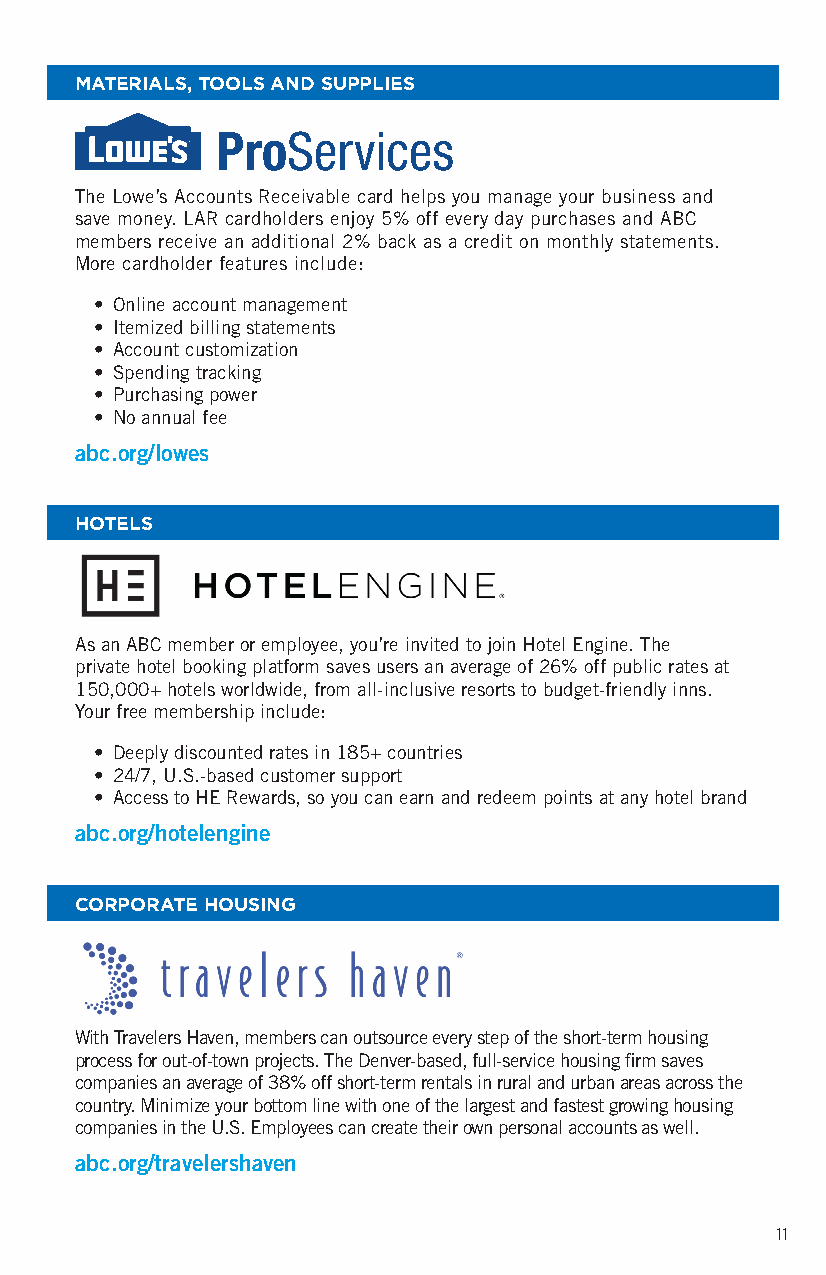
MATERIALS, TOOLS AND SUPPLIES
 The Lowe’s Accounts Receivable card helps you manage your business and
 save money. LAR cardholders enjoy 5% off every day purchases and ABC
 members receive an additional 2% back as a credit on monthly statements.
 More cardholder features include:
 • Online account management
 • Itemized billing statements
 • Account customization
 • Spending tracking
 • Purchasing power
 • No annual fee
 abc.org/lowes
 HOTELS
 As an ABC member or employee, you’re invited to join Hotel Engine. The
 private hotel booking platform saves users an average of 26% off public rates at
 150,000+ hotels worldwide, from all-inclusive resorts to budget-friendly inns.
 Your free membership include:
 • Deeply discounted rates in 185+ countries
 • 24/7, U.S.-based customer support
 • Access to HE Rewards, so you can earn and redeem points at any hotel brand
 abc.org/hotelengine
 CORPORATE HOUSING
 With Travelers Haven, members can outsource every step of the short-term housing
 process for out-of-town projects. The Denver-based, full-service housing firm saves
 companies an average of 38% off short-term rentals in rural and urban areas across the
 country. Minimize your bottom line with one of the largest and fastest growing housing
 companies in the U.S. Employees can create their own personal accounts as well.
 abc.org/travelershaven
 11